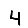
Digit: 4